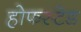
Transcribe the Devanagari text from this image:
होफस्टेड